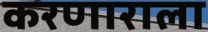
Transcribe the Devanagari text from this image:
करणाराला